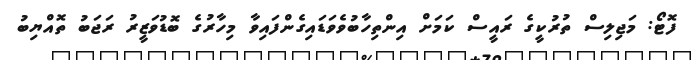
ފޮޓޯ: މަޖިލިސް ތުރުކީގެ ރައީސް ކަމަށް އިންތިހާބުވެވަޑައިގެންފައިވާ މިހާރުގެ ބޮޑުވަޒީރު ރަޖަބު ތޮއްޔިބު